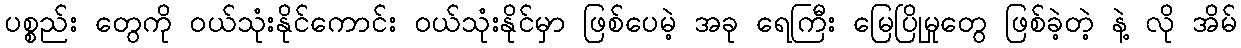
ပစ္စည်း တွေကို ဝယ်သုံးနိုင်ကောင်း ဝယ်သုံးနိုင်မှာ ဖြစ်ပေမဲ့ အခု ရေကြီး မြေပြိုမှုတွေ ဖြစ်ခဲ့တဲ့ နဲ့ လို အိမ်